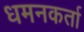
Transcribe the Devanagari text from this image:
धमनकर्ता